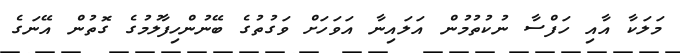
މަލަކާ އާއި ހަފްސާ ނުކުތުމުން އަލައިނާ އަވަހަށް ވަގުތުގެ ބޭނުންހިފާލުމުގެ ގޮތުން އޭނަގެ